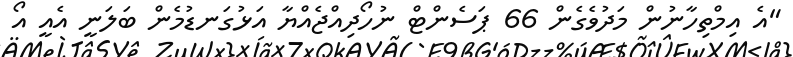
"އެ އިމްތިހާނުން މަދުވެގެން 66 ޕަސެންޓް ނުހޯދިއްޖެއްޔާ އަޅުގަނޑުމެން ބަލަނީ އެއީ އޯ